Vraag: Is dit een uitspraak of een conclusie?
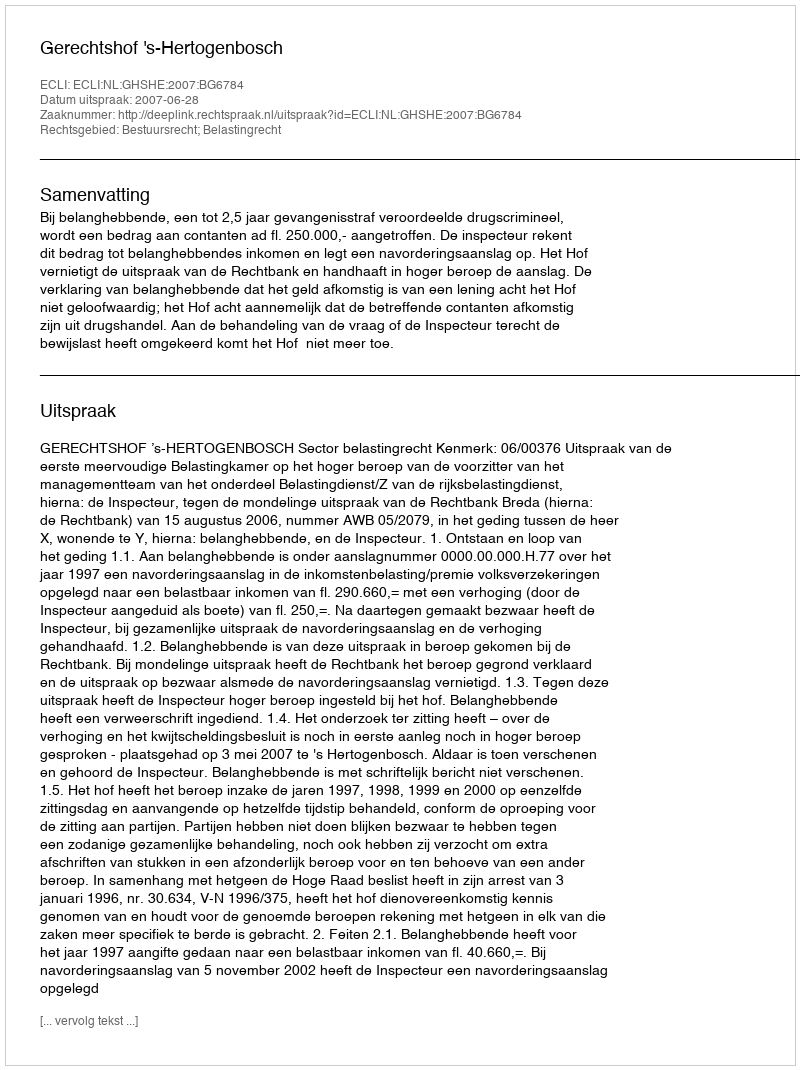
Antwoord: Uitspraak